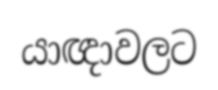
යාඥාවලට